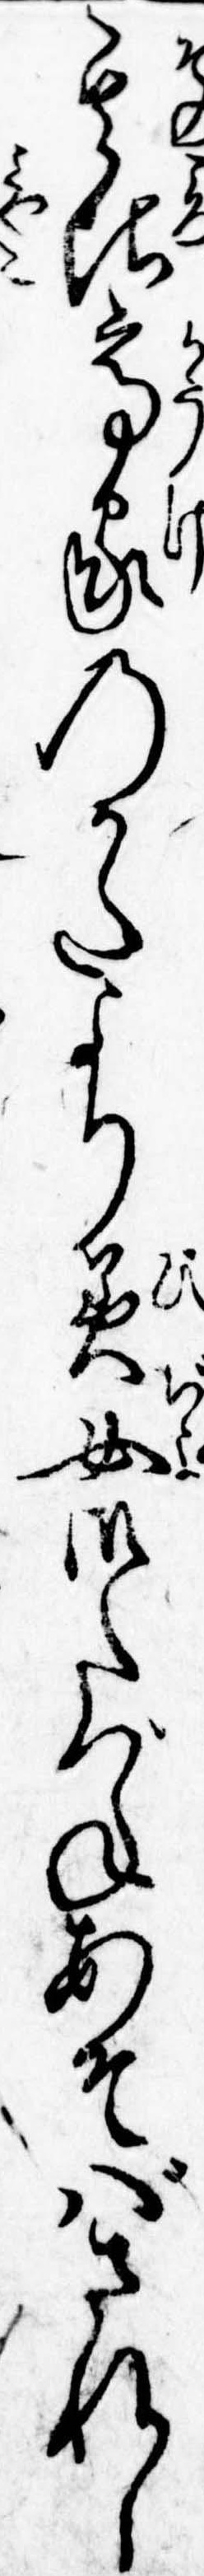
其比高家のかたより美女御たづねあそばされし